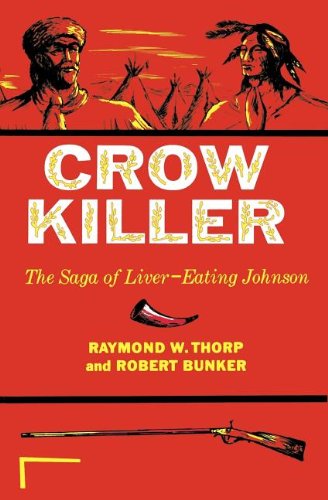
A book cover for Crow Killer: The Saga of Liver-Eating Johnson (Midland Book); Raymond W. Thorp Jr.; History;